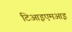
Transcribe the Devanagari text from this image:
टिआइएमआइ